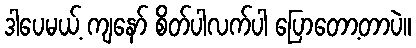
ဒါပေမယ့် ကျနော် စိတ်ပါလက်ပါ ပြောတော့တာပဲ။